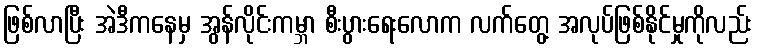
ဖြစ်လာပြီး အဲဒီကနေမှ အွန်လိုင်းကမ္ဘာ စီးပွားရေးလောက လက်တွေ့ အလုပ်ဖြစ်နိုင်မှုကိုလည်း